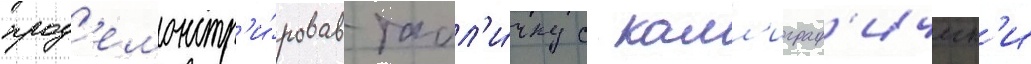
прод'емонстр'и́ровав табл'и́чку с калл'играф'ическ'и